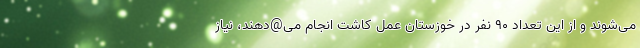
می‌شوند و از این تعداد ۹۰ نفر در خوزستان عمل کاشت انجام می@دهند، نیاز